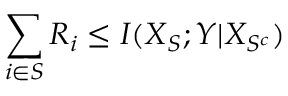
\sum _ { i \in S } R _ { i } \leq I ( X _ { S } ; Y | X _ { S ^ { c } } )